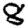
Digit: 8